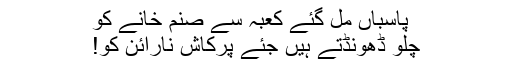
پاسباں مل گئے کعبہ سے صنم خانے کو
چلو ڈھونڈتے ہیں جئے پرکاش نارائن کو!